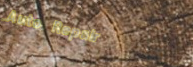
Auto Repair